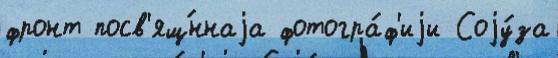
фронт посв'ящ́ннаjа фотогра́ф'иjи Соjу́за